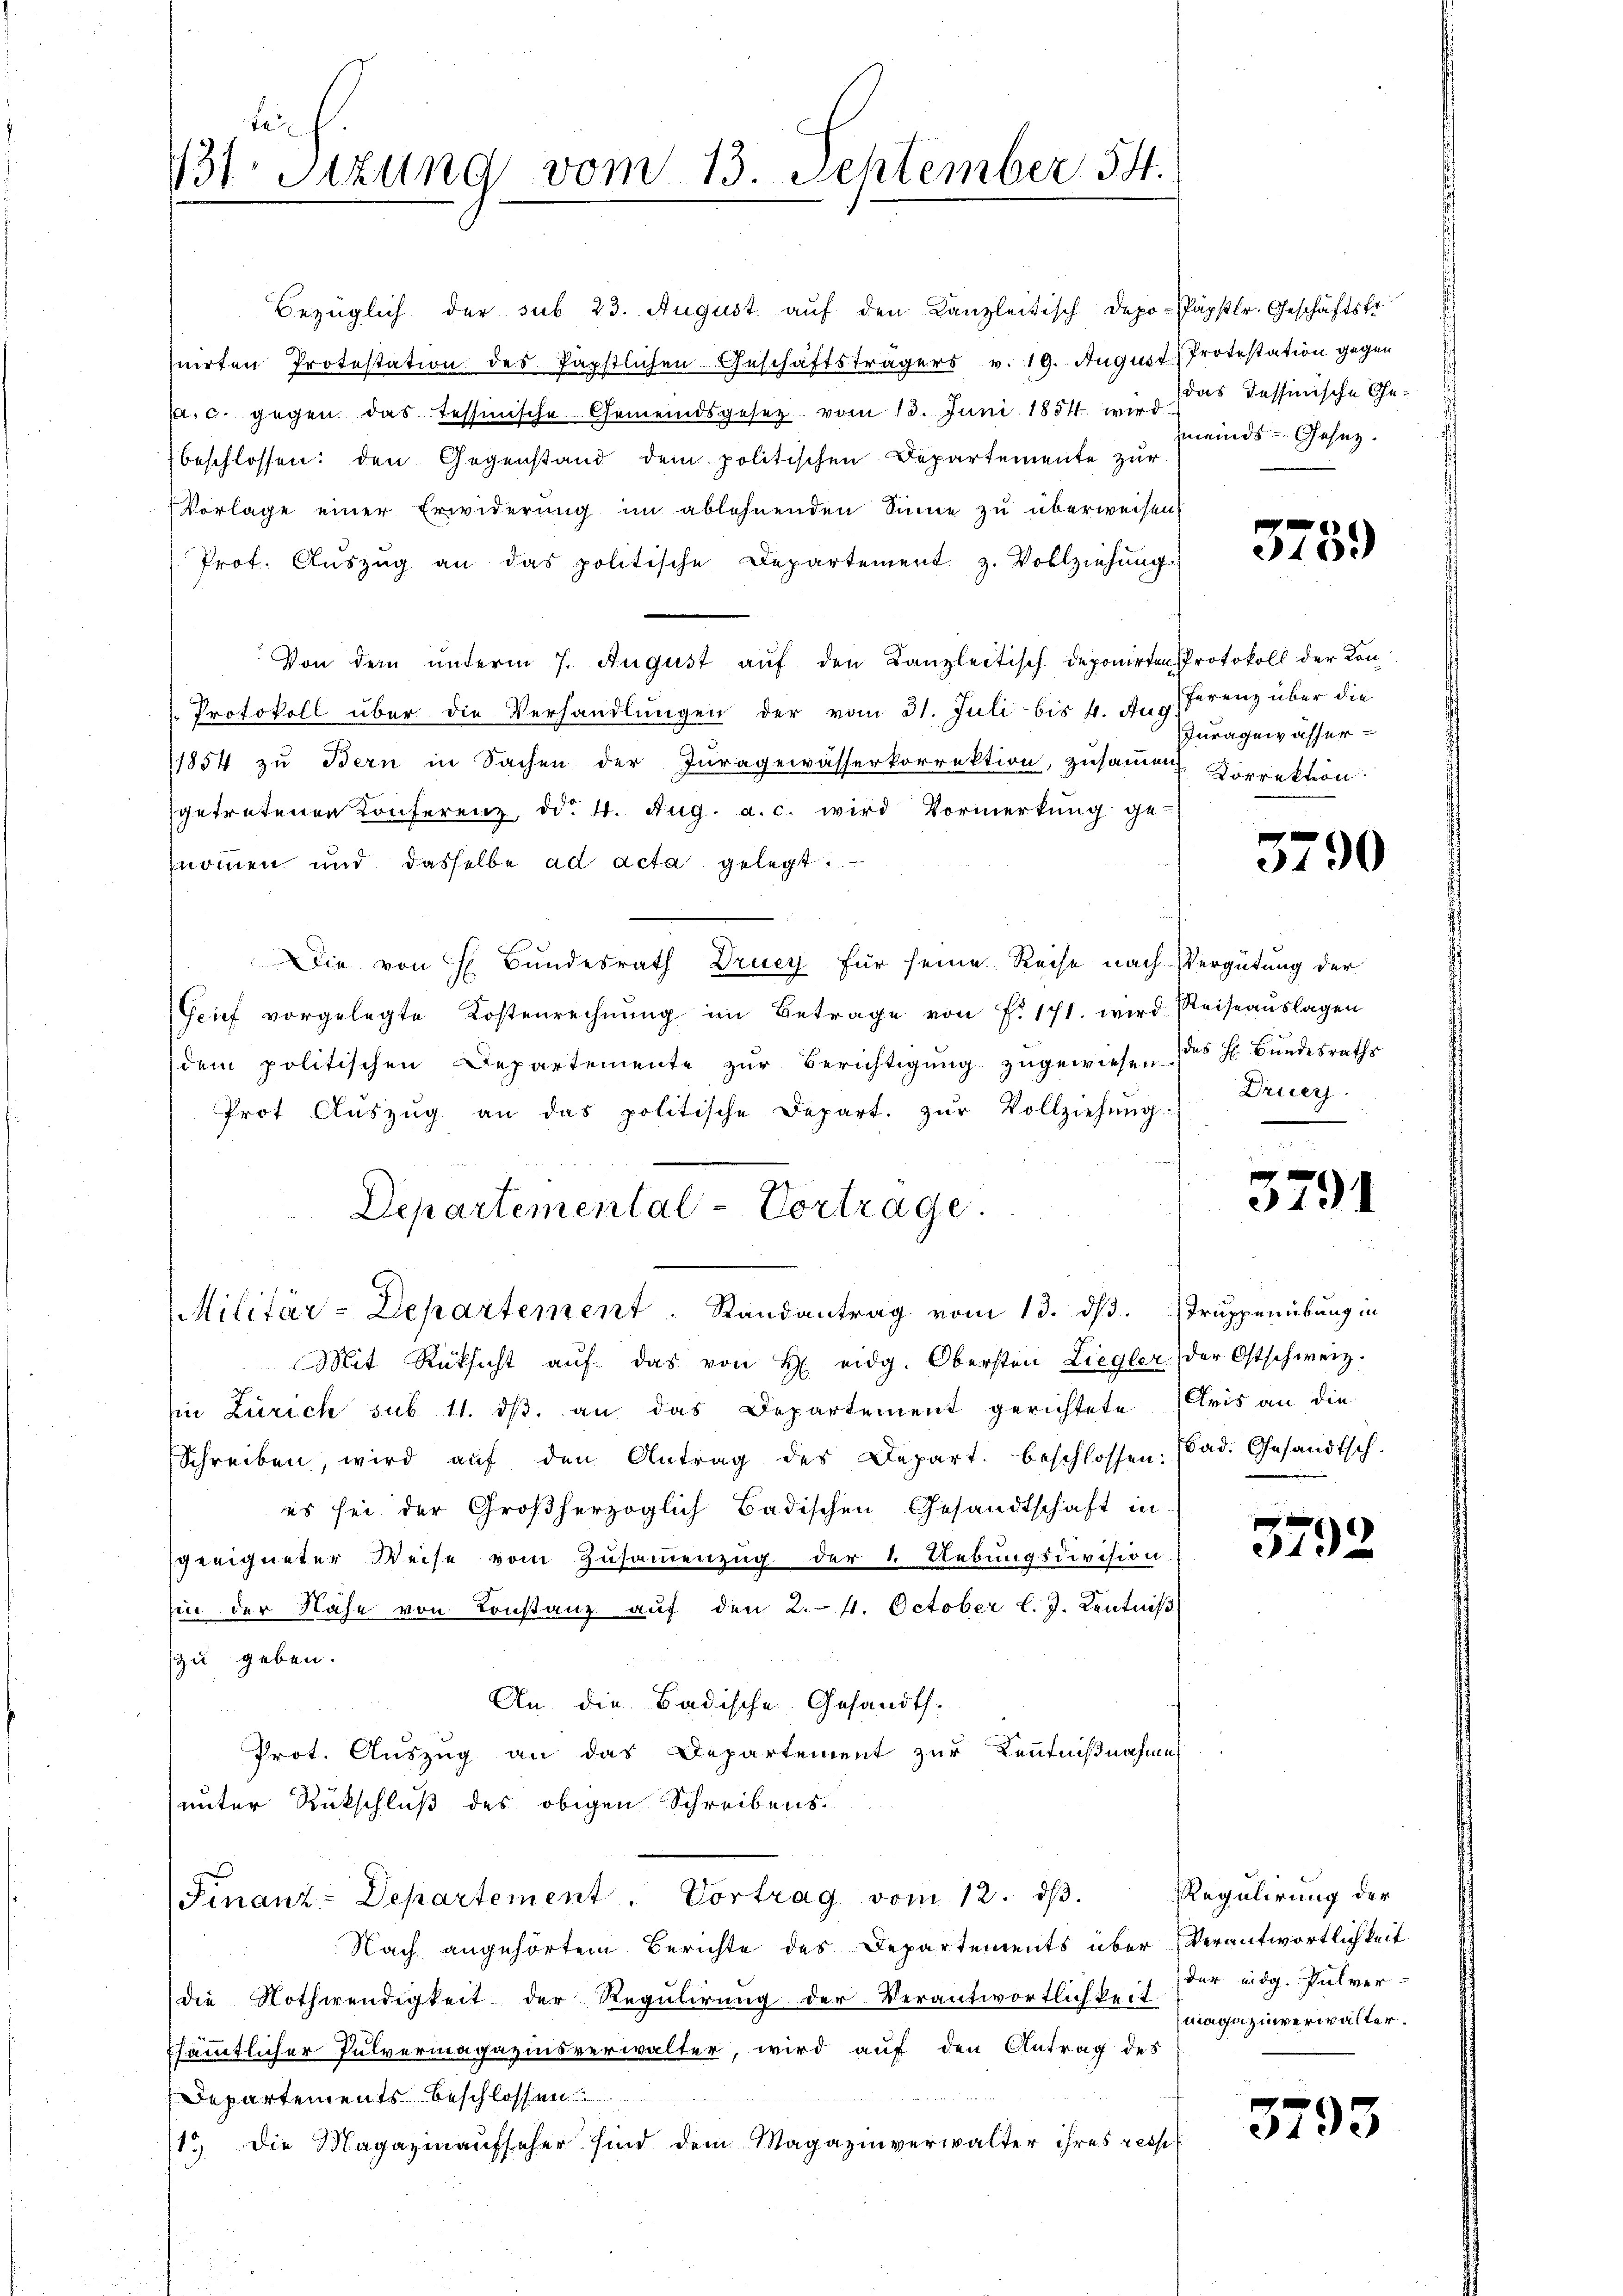
Fe
131. Sitzung vom 13. September 54.

Bezüglich der sub 23. August auf den Kanzleitisch Depo-Päpstlr. Geschäftsfr.
nirten Protestation des Päpstlichen Geschäftsträgers v. 19. August Protestation gegen
a. c. gegen das tessinische Gemeindsgesetz vom 13. Juni 1851 wird das Tessinische Gebeschlossen: den Gegenstand dem politischen Departemente zur
Vorlage einer Erwiderung im ablehnenden Sinne zu überweisen
Prot. Aŭszŭg an das politische Departement z. Vollziehŭng.
Von dem unterm 7. August auf den Kanzleitisch deponirten Protokoll der Kon
Protokoll über die Verhandlungen der vom 31. Juli bis 4. Aug. Frenz über die
1854 zu Bern in Sachen der Juragewässerkorrektion, zusammen Dorrektion
getretenen Konferenz, d. 4. Aug. a. c. wird Vormerkung genommen und dasselbe ad acta gelegt.
Die von H Bundesrath Drucy für seine Reise nach Vergütung der
Geief vorgelegte Kostenrechnŭng im Betrage von F. 171. wird Reiseauslagen
dem politischen Departemente zŭr Berichtigŭng zugewiesen des H. Bŭndesraths
Prot Aŭszŭg an das politische Depart. zŭr Vollziehŭng:
Militär-Departement. Randantrag vom 13. ds. Truppenübung in
Mit Rüksicht aŭf das von H. eidg. Obersten Liegler der Ostschweiz.
Ein Zürich sub. 11. dβ an das Departement gerichtete (Kris an die
Schreiben, wird aŭf den Antrag des Depart. beschlossen. (Bad. Gesandtsch.
es sei der Großherzoglich Badischen Gesandtschaft in
geeigneter Weise vom Zusammenzug der 1. Uebungsdivision.
sin der Nähe von Constanz auf den 24. October l. J. Kentniβ
zu geben.
An die Badische Gesandts.
Prot. Auszug an das Departement zur Kenntnißnahme
unter Rückschluß des obigen Schreibens¬
Finanz-Departement. Vortrag vom 12. ds.
Nach angehörtem Berichte des Departements über Verantwortlichkeit
die Nothwendigkeit der Regulirung der Verantwortlichkeit
hämmtlicher Pulvermagazinsverwalter, wird auf den Antrag des
100 f
Departements beschlossen.
13) Die Magazinaŭfseher sind dem Magazinverwalter ihres resp

Departemental-Vortrage.

meinds- Gesetz.

4
310.

Iuragewässer

5790

Druer.

3791

5793

Regulirung der
der eidg. Pulver
magazinverwalter.

3793